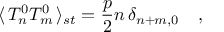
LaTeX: \langle \, T _ { n } ^ { 0 } T _ { m } ^ { 0 } \, \rangle _ { s t } = \frac { p } { 2 } n \, \delta _ { n + m , 0 } \quad ,